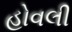
હોવલી